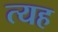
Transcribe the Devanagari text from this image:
त्यह